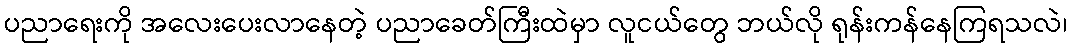
ပညာရေးကို အလေးပေးလာနေတဲ့ ပညာခေတ်ကြီးထဲမှာ လူငယ်တွေ ဘယ်လို ရုန်းကန်နေကြရသလဲ၊